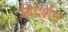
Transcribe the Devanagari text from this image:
बिदर्शन